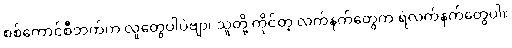
စစ်ကောင်စီဘက်က လူတွေပါပဲဗျာ၊ သူတို့ ကိုင်တဲ့ လက်နက်တွေက ရဲလက်နက်တွေပါ။